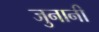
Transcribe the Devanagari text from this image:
जुनानी